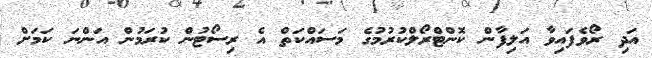
އަދި ރޯވެފައިވާ އަލިފާން ކޮންޓްރޯލްކުރުމުގެ މަސައްކަތް އެ ރިސޯޓުން ކުރަމުން އަންނަ ކަމަށް